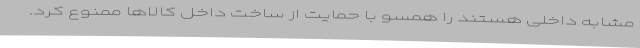
مشابه داخلی هستند را همسو با حمایت از ساخت داخل کالاها ممنوع کرد.